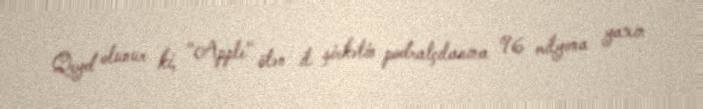
Qeyd olunur ki, "Apple" ötən il şirkətin podratçılarına 96 milyona yaxın